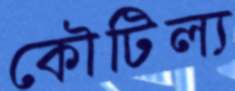
কৌটিল্য